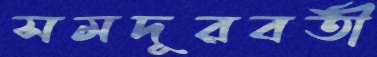
সমদূরবর্তী